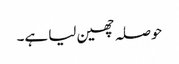
حوصلہ چھین لیا ہے۔